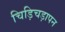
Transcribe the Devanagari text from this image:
चिड़िचड़ापन